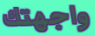
واجهتك